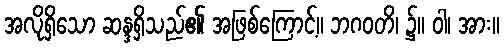
အလိုရှိသော ဆန္ဒရှိသည်၏ အဖြစ်ကြောင့်။ ဘဂဝတိ၊ ၌။ ဝါ၊ အား။